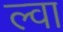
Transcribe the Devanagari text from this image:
ल्वा